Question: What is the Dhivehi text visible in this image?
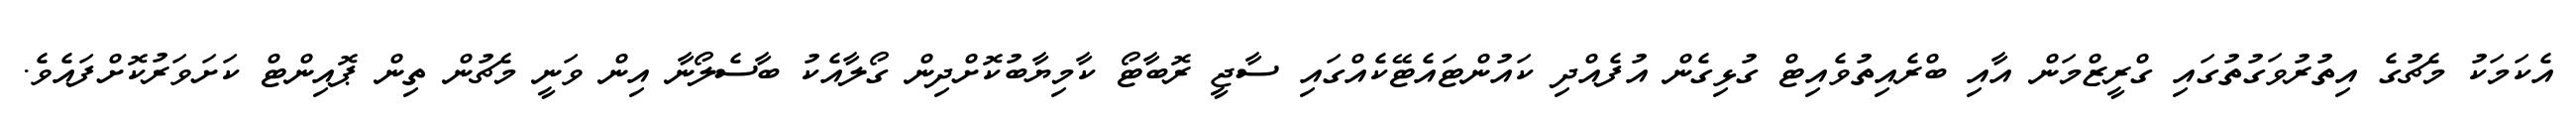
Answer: އެކަމަކު މެޗުގެ އިތުރުވަގުތުގައި ގްރީޒްމަން އާއި ބްރެއިތުވެއިޓް ގުޅިގެން އުފެއްދި ކައުންޓައެޓޭކެއްގައި ސާޖީ ރޮބާޓޯ ކާމިޔާބުކޮށްދިން ގޯލާއެކު ބާސެލޯނާ އިން ވަނީ މެޗުން ތިން ޕޮއިންޓް ކަށަވަރުކޮށްފައެވެ.